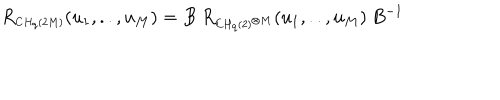
LaTeX: R _ { \scriptscriptstyle C H _ { q } ( 2 M ) } ( u _ { 1 } , . . , u _ { M } ) = B \: R _ { \scriptscriptstyle C H _ { q } ( 2 ) ^ { \otimes M } } ( u _ { 1 } , . . , u _ { M } ) \: B ^ { - 1 } \,